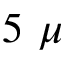
5 ~ \mu